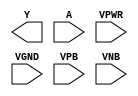
module sky130_fd_sc_lp__inv (
    Y   ,
    A   ,
    VPWR,
    VGND,
    VPB ,
    VNB
);

    output Y   ;
    input  A   ;
    input  VPWR;
    input  VGND;
    input  VPB ;
    input  VNB ;
endmodule